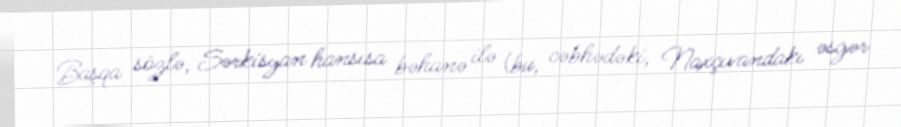
Başqa sözlə, Sərkisyan hansısa bəhanə ilə (bu, cəbhədəki, Naxçıvandakı əsgər